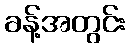
ခန့်အတွင်း